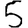
Digit: 5